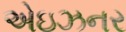
એઇઝનર